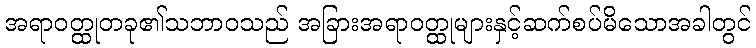
အရာဝတ္ထုတခု၏သဘာဝသည် အခြားအရာဝတ္ထုများနှင့်ဆက်စပ်မိသောအခါတွင်